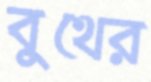
বুথের